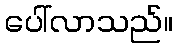
ပေါ်လာသည်။